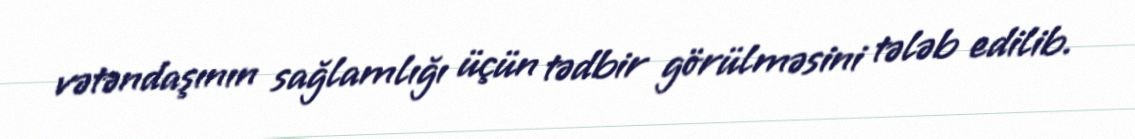
vətəndaşının sağlamlığı üçün tədbir görülməsini tələb edilib.